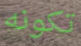
تكونه